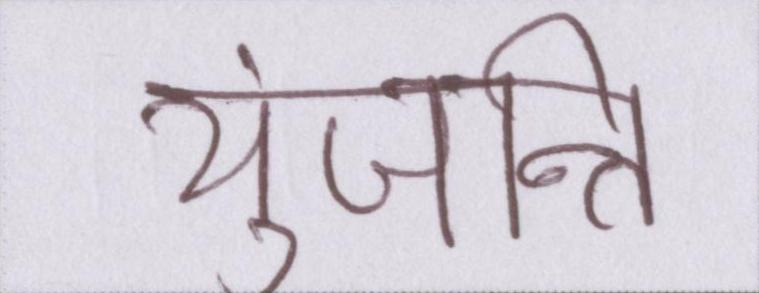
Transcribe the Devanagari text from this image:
युंजन्ति